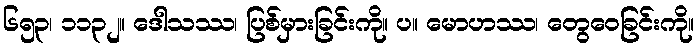
၆၅၃၊ ၁၁၃၂။ ဒေါသဿ၊ ပြစ်မှားခြင်းကို။ ပ။ မောဟဿ၊ တွေဝေခြင်းကို။